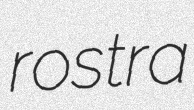
rostra